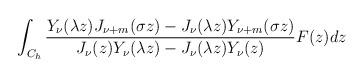
LaTeX: \begin{align*}\int_{C_h}{\frac{Y_\nu (\lambda z)J_{\nu +m}(\sigma z)-J_\nu (\lambda z)Y_{\nu +m}(\sigma z)}{J_\nu (z)Y_{\nu }(\lambda z)-J_\nu (\lambda z)Y_{\nu }(z)}F(z)dz} \end{align*}